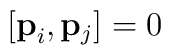
[{\bf{p}}_i,{\bf{p}}_j] = 0